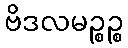
ဗိဒလမဉ္စဉ္စ